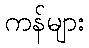
ကန်များ